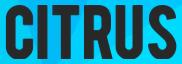
CITRUS